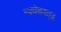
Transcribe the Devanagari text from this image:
न्यवेशयत्॥